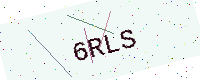
Text: 6RLS